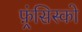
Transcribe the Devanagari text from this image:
फ़्रंसिस्को